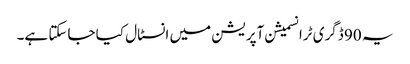
یہ 90 ڈگری ٹرانسمیشن آپریشن میں انسٹال کیا جاسکتا ہے۔